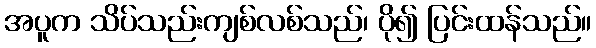
အပူက သိပ်သည်းကျစ်လစ်သည်၊ ပို၍ ပြင်းထန်သည်။